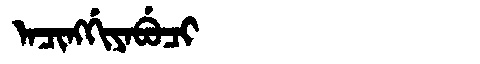
Manchu: ᠠᠴᡳᠩᡤᡳᠶᠠᠪᡠᠴᡳ
Romanization: ACINGGIYABUCI